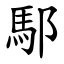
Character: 䣕